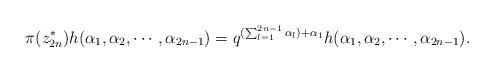
LaTeX: \begin{align*}\pi(z_{2n}^*)h(\alpha_{1},\alpha_{2},\cdots ,\alpha_{2n-1})=q^{(\sum_{l=1}^{2n-1}\alpha_{l})+\alpha_{1}}h(\alpha_{1},\alpha_{2},\cdots ,\alpha_{2n-1}).\end{align*}